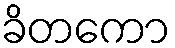
ခိတကော